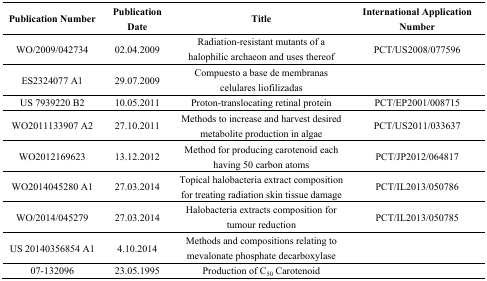
<table><thead><tr><td><b>Publication Number</b></td><td><b>Publication Date</b></td><td><b>Title</b></td><td><b>International Application Number</b></td></tr></thead><tbody><tr><td>WO/2009/042734</td><td>02.04.2009</td><td>Radiation-resistant mutants of a halophilic archaeon and uses thereof</td><td>PCT/US2008/077596</td></tr><tr><td>ES2324077 A1</td><td>29.07.2009</td><td>Compuesto a base de membranas celulares liofilizadas</td><td></td></tr><tr><td>US 7939220 B2</td><td>10.05.2011</td><td>Proton-translocating retinal protein</td><td>PCT/EP2001/008715</td></tr><tr><td>WO2011133907 A2</td><td>27.10.2011</td><td>Methods to increase and harvest desired metabolite production in algae</td><td>PCT/US2011/033637</td></tr><tr><td>WO2012169623</td><td>13.12.2012</td><td>Method for producing carotenoid each having 50 carbon atoms</td><td>PCT/JP2012/064817</td></tr><tr><td>WO2014045280 A1</td><td>27.03.2014</td><td>Topical halobacteria extract composition for treating radiation skin tissue damage</td><td>PCT/IL2013/050786</td></tr><tr><td>WO/2014/045279</td><td>27.03.2014</td><td>Halobacteria extracts composition for tumour reduction</td><td>PCT/IL2013/050785</td></tr><tr><td>US 20140356854 A1</td><td>4.10.2014</td><td>Methods and compositions relating to mevalonate phosphate decarboxylase</td><td></td></tr><tr><td>07-132096</td><td>23.05.1995</td><td>Production of C<sub>50</sub> Carotenoid</td><td></td></tr></tbody></table>